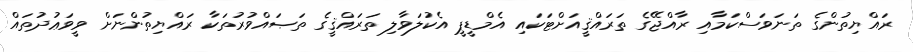
ރައްޔިތުންގެ ތަނަވަސްކަމާއި ރާއްޖޭގެ ތަރައްޤީއަށްޓަކައި އެމްޑީޕީ އެކުލަވާލި ތަރައްޤީގެ ތަޞައްވުރުތަކާ ރައްޔިތުންނަށް ވީވަޢުދުތައް